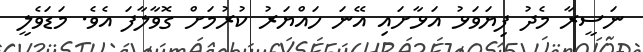
ނަސީރާ މެދު ފިޔަވަޅު އަޅާށައި އޭނަ ހައްޔަރު ކުރުމަށް ގޮވާލާފަ އެވެ. މަޑަވެލީ